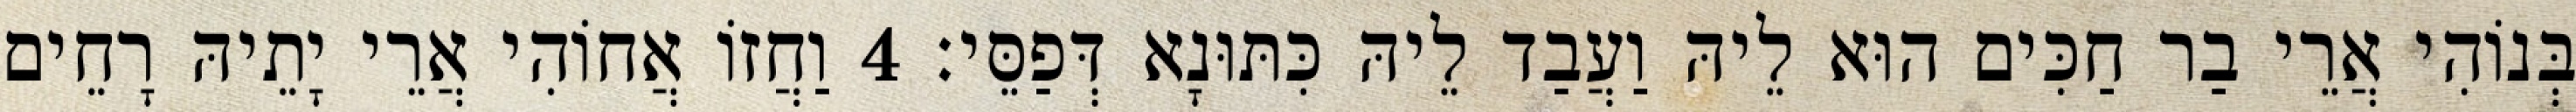
בְּנוֹהִי אֲרֵי בַר חַכִּים הוּא לֵיהּ וַעֲבַד לֵיהּ כִּתּוּנָא דְּפַסֵּי׃ 4 וַחֲזוֹ אֲחוֹהִי אֲרֵי יָתֵיהּ רָחֵים